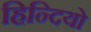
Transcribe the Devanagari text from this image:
हिन्दियो